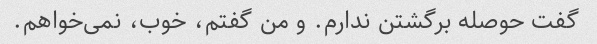
گفت حوصله برگشتن ندارم. و من گفتم، خوب، نمی‌خواهم.